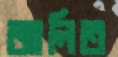
জালিত